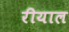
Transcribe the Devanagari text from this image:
रीयाल